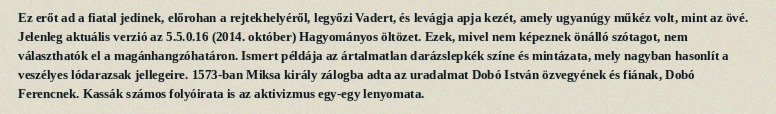
Ez erőt ad a fiatal jedinek, előrohan a rejtekhelyéről, legyőzi Vadert, és levágja apja kezét, amely ugyanúgy műkéz volt, mint az övé. Jelenleg aktuális verzió az 5.5.0.16 (2014. október) Hagyományos öltözet. Ezek, mivel nem képeznek önálló szótagot, nem választhatók el a magánhangzóhatáron. Ismert példája az ártalmatlan darázslepkék színe és mintázata, mely nagyban hasonlít a veszélyes lódarazsak jellegeire. 1573-ban Miksa király zálogba adta az uradalmat Dobó István özvegyének és fiának, Dobó Ferencnek. Kassák számos folyóirata is az aktivizmus egy-egy lenyomata.